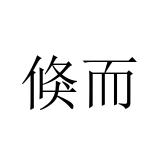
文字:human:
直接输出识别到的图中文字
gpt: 倏而